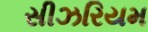
સીઝરિયમ